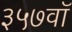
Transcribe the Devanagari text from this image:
३५७वॉ